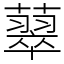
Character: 䕜